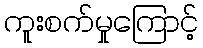
ကူးစက်မှုကြောင့်